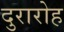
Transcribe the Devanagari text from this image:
दुरारोह